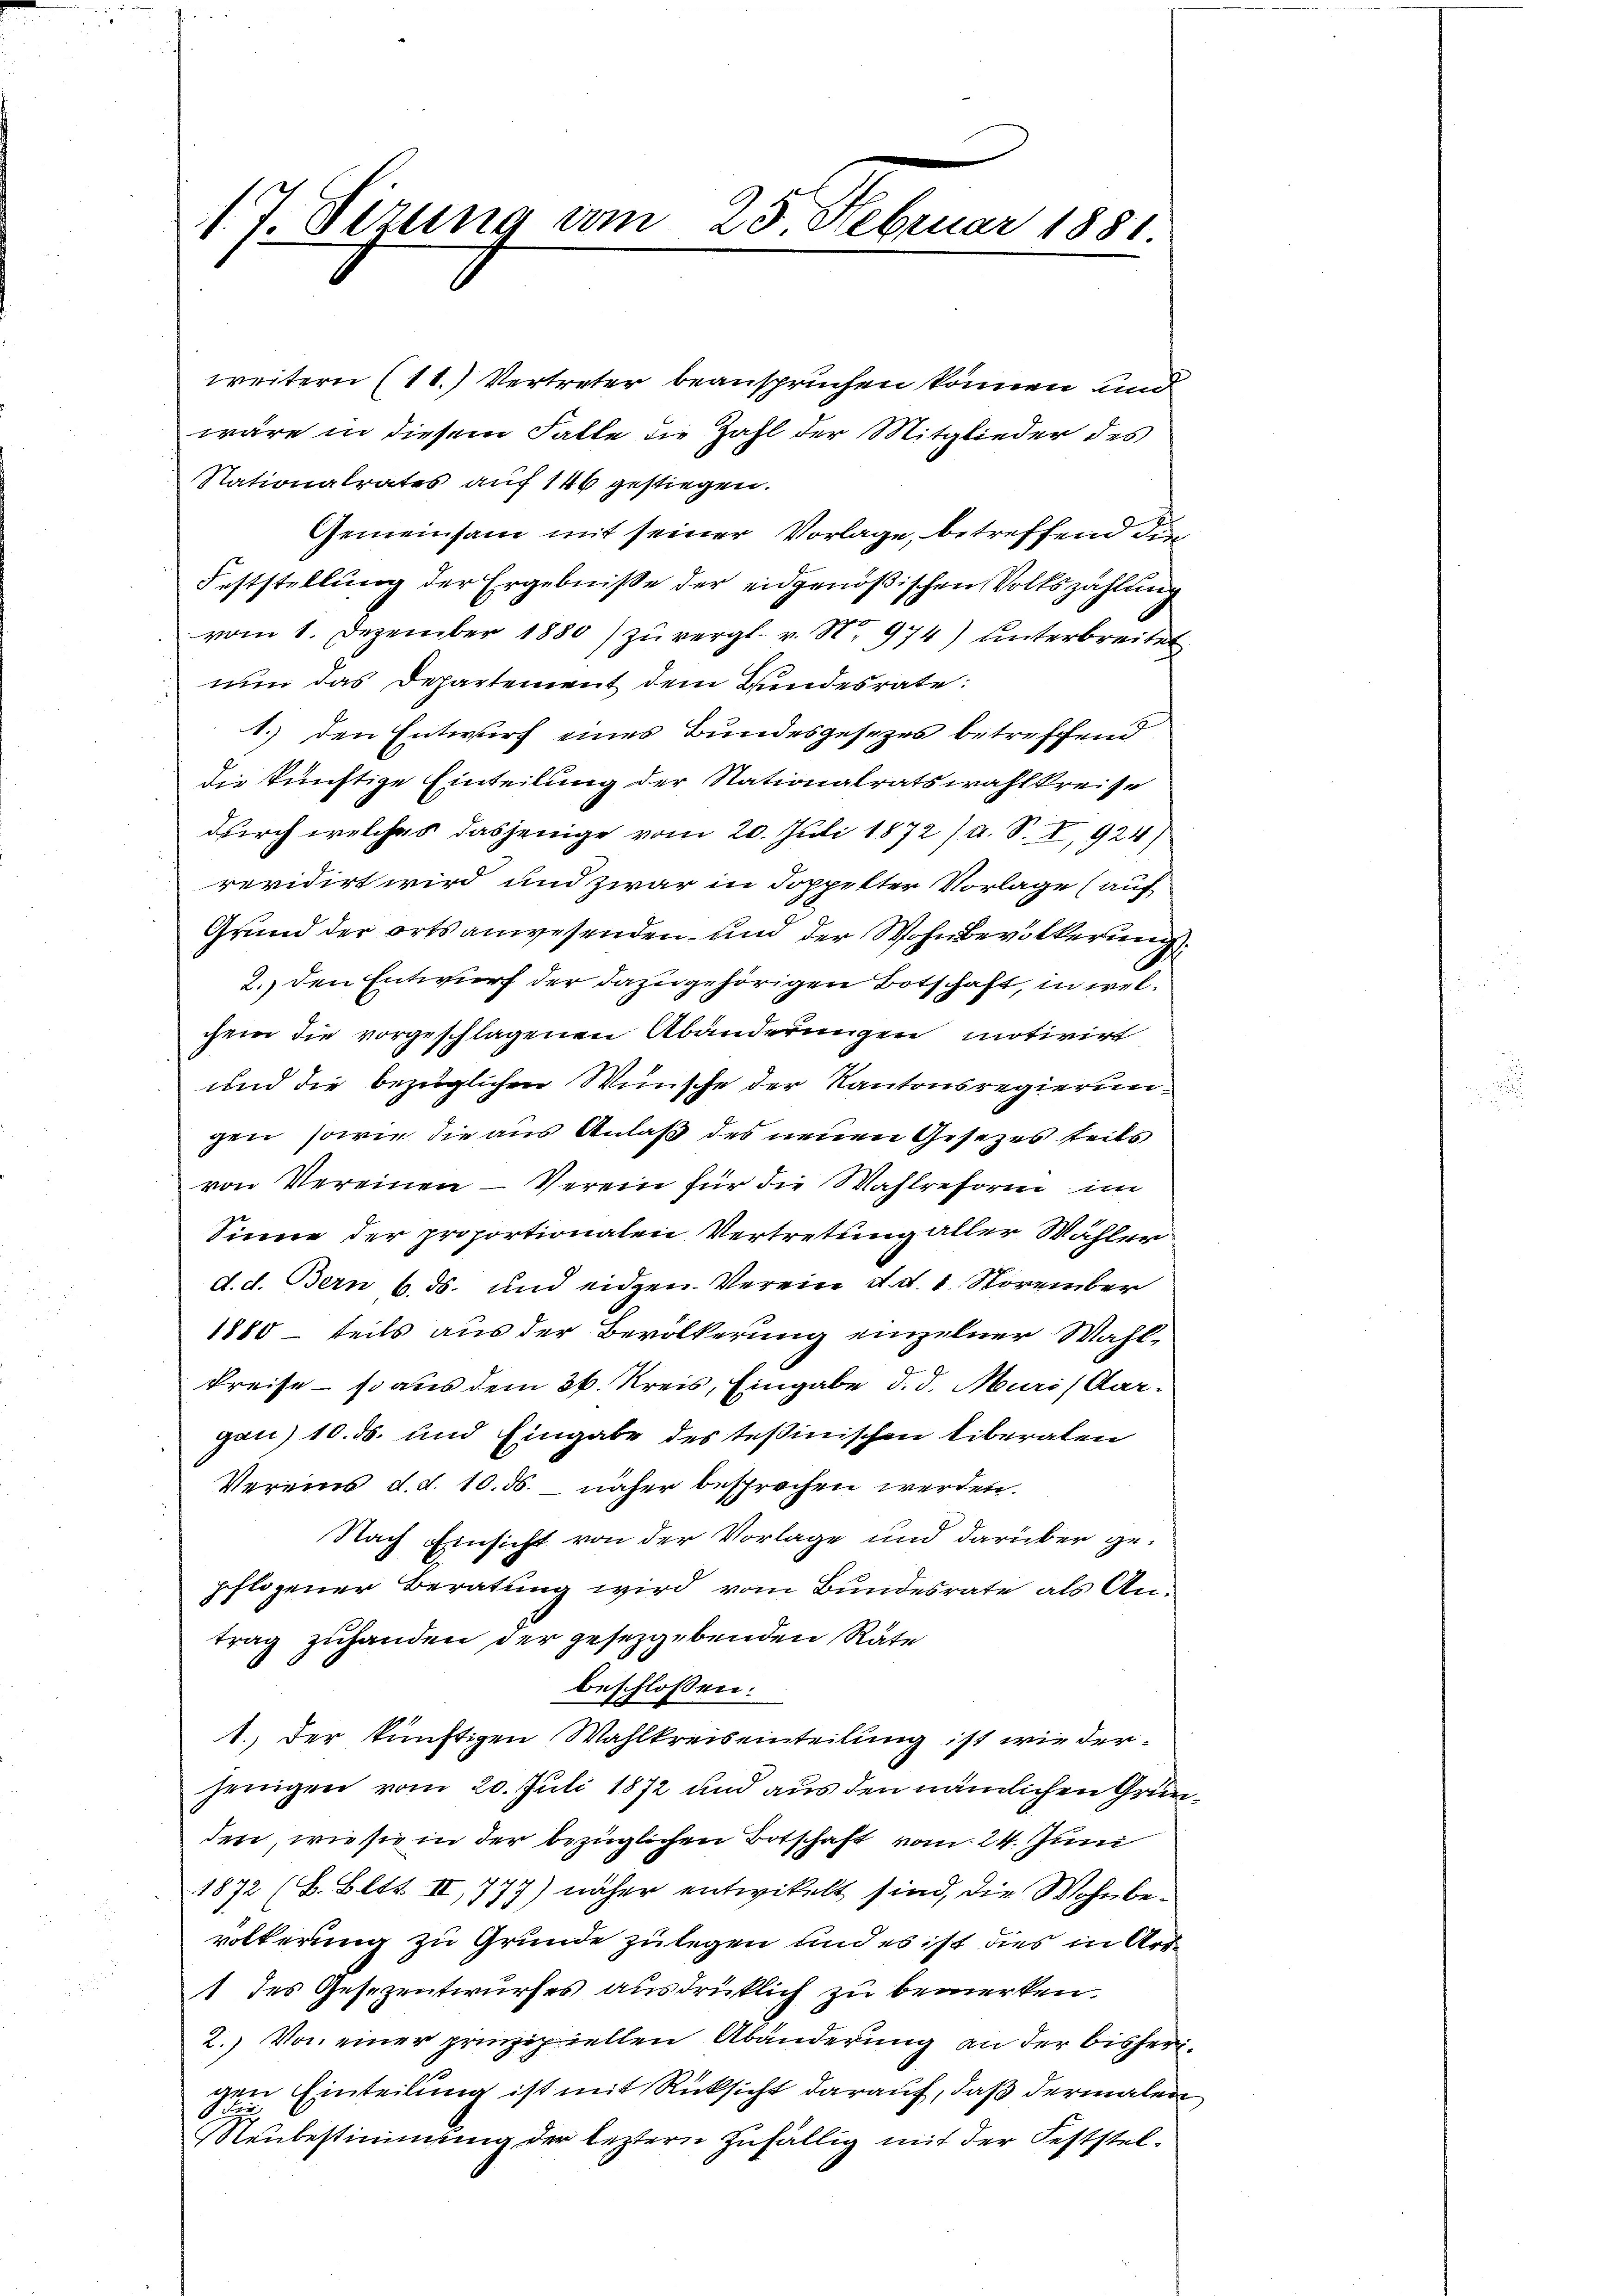
1. J. Sizung vom 25. Februar 1881

weitern (11.) Vertreter beanspruchen können und
wäre in diesem Falle die Zahl der Mitglieder des
Nationalrates auf 146 gestiegen.
Gemeinsam mit seiner Vorlage, betreffend die¬
Feststellung der Ergebnisse der eidgenößischen Volkszählung
vom 1. Dezember 1880) zu vergl. v. No 974) Unterbreitet
nun das Departement dem Bundesrate:
1.) den Entwurf eines Bundesgesezes betreffend
die künftige Einteilung der Stationalratswahlkreise
durch welches dasjenige vom 20. Juli 1872/A. S. I, 924
revidirt wird und zwar in doppelter Vorlage (auf
2
Grund der orts anwesenden und der Wohnbevölkerung
2.) den Entwurf der dazugehörigen Botschaft, in welchem die vorgeschlagenen Abänderungen motivirt
und die bezüglichen Wünsche der Kantonsregierungen, sowie die aus Anlaß des neuen Gesetzes teils
von Vereinen — Verein für die Wahlreform im
Sinne der proportionalen Vertretung aller Wähler
d. d. Bern 6. ds. und eidgen. Verein d. d. 1. November
1880 — teils aus der Bevölkerung einzelner Wahl-
Preise - so aus dem 26. Kreis, Eingabe d. d. Muri, Aargan) 10. ds. und Eingabe des Teßinischen liberalen
Vereins d.d. 10. ds. näher besprochen werden.
Nach Einsicht von der Vorlage und darüber gepflogener Beratung wird vom Bundesrate als Antrag zuhanden der gesetzgebenden Räte
beschlossen:
1.) Der künftigen Wahlkreiseinteilung ist wir derjenigen vom 20. Juli 1872 und aus den nämlichen Gründen, wie sie in der bezüglichen Botschaft vom 24. Juni
1872 (8. Bett. II, 777) näher entwickelt sind, die Wohnbevölkerung zu Grunde zulegen und es ist dies in Art¬
1 des Gesezentwurfes ausdrücklich zu bemerken.
2.) Von einer prinzipiellen Abänderung an der bisherigen Einteilung ist mit Rücksicht darauf, daß dermalen
 die
Neubestimmung der leztern zufällig mit der Feststel¬